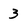
Character: 3